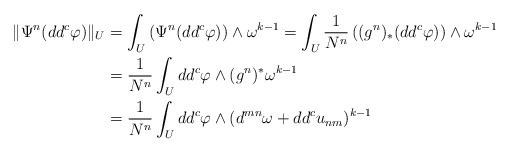
LaTeX: \begin{align*}\|\Psi^{n}(dd^{c}\varphi)\|_U & =\int_U\left(\Psi^{n}(dd^{c}\varphi)\right)\wedge \omega^{k-1}=\int_U\frac{1}{N^{n}}\left((g^{n})_*(dd^{c}\varphi)\right)\wedge \omega^{k-1}\\& = \frac{1}{N^{n}}\int_Udd^{c}\varphi\wedge (g^{n})^{*}\omega^{k-1}\\&=\frac{1}{N^{n}}\int_Udd^{c}\varphi\wedge (d^{mn}\omega+dd^{c}u_{nm})^{k-1}\end{align*}